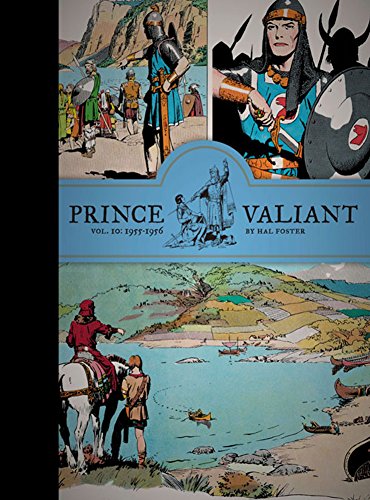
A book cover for Prince Valiant, Vol. 10: 1955-1956; Hal Foster; Comics & Graphic Novels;